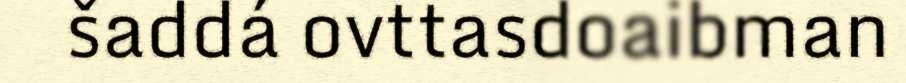
šaddá ovttasdoaibman